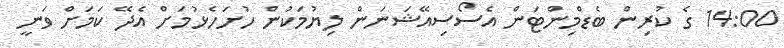
14:00 ގެ ކުރިން ބެޑްމިންޓަން އެސޯސިއޭޝަނަން ލިޔުމަކުން ހުށަހެޅުމަށް އެދޭ ކަމަށް ވަނީ